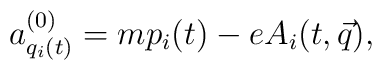
a^{(0)}_{q_i(t)}= m p_i(t)- e A_i(t,\vec q),